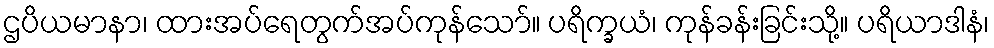
ဌပိယမာနာ၊ ထားအပ်ရေတွက်အပ်ကုန်သော်။ ပရိက္ခယံ၊ ကုန်ခန်းခြင်းသို့။ ပရိယာဒါနံ၊